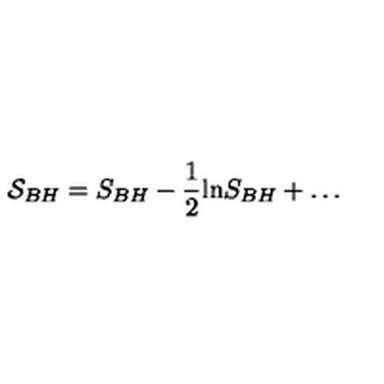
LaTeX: { \cal S } _ { B H } = S _ { B H } - \frac { 1 } { 2 } \mathrm { l n } S _ { B H } + \ldots